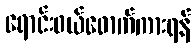
ရောင်းဝယ်ဖောက်ကားရန်